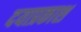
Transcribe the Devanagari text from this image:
दयाप्रकाश